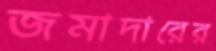
জমাদারের